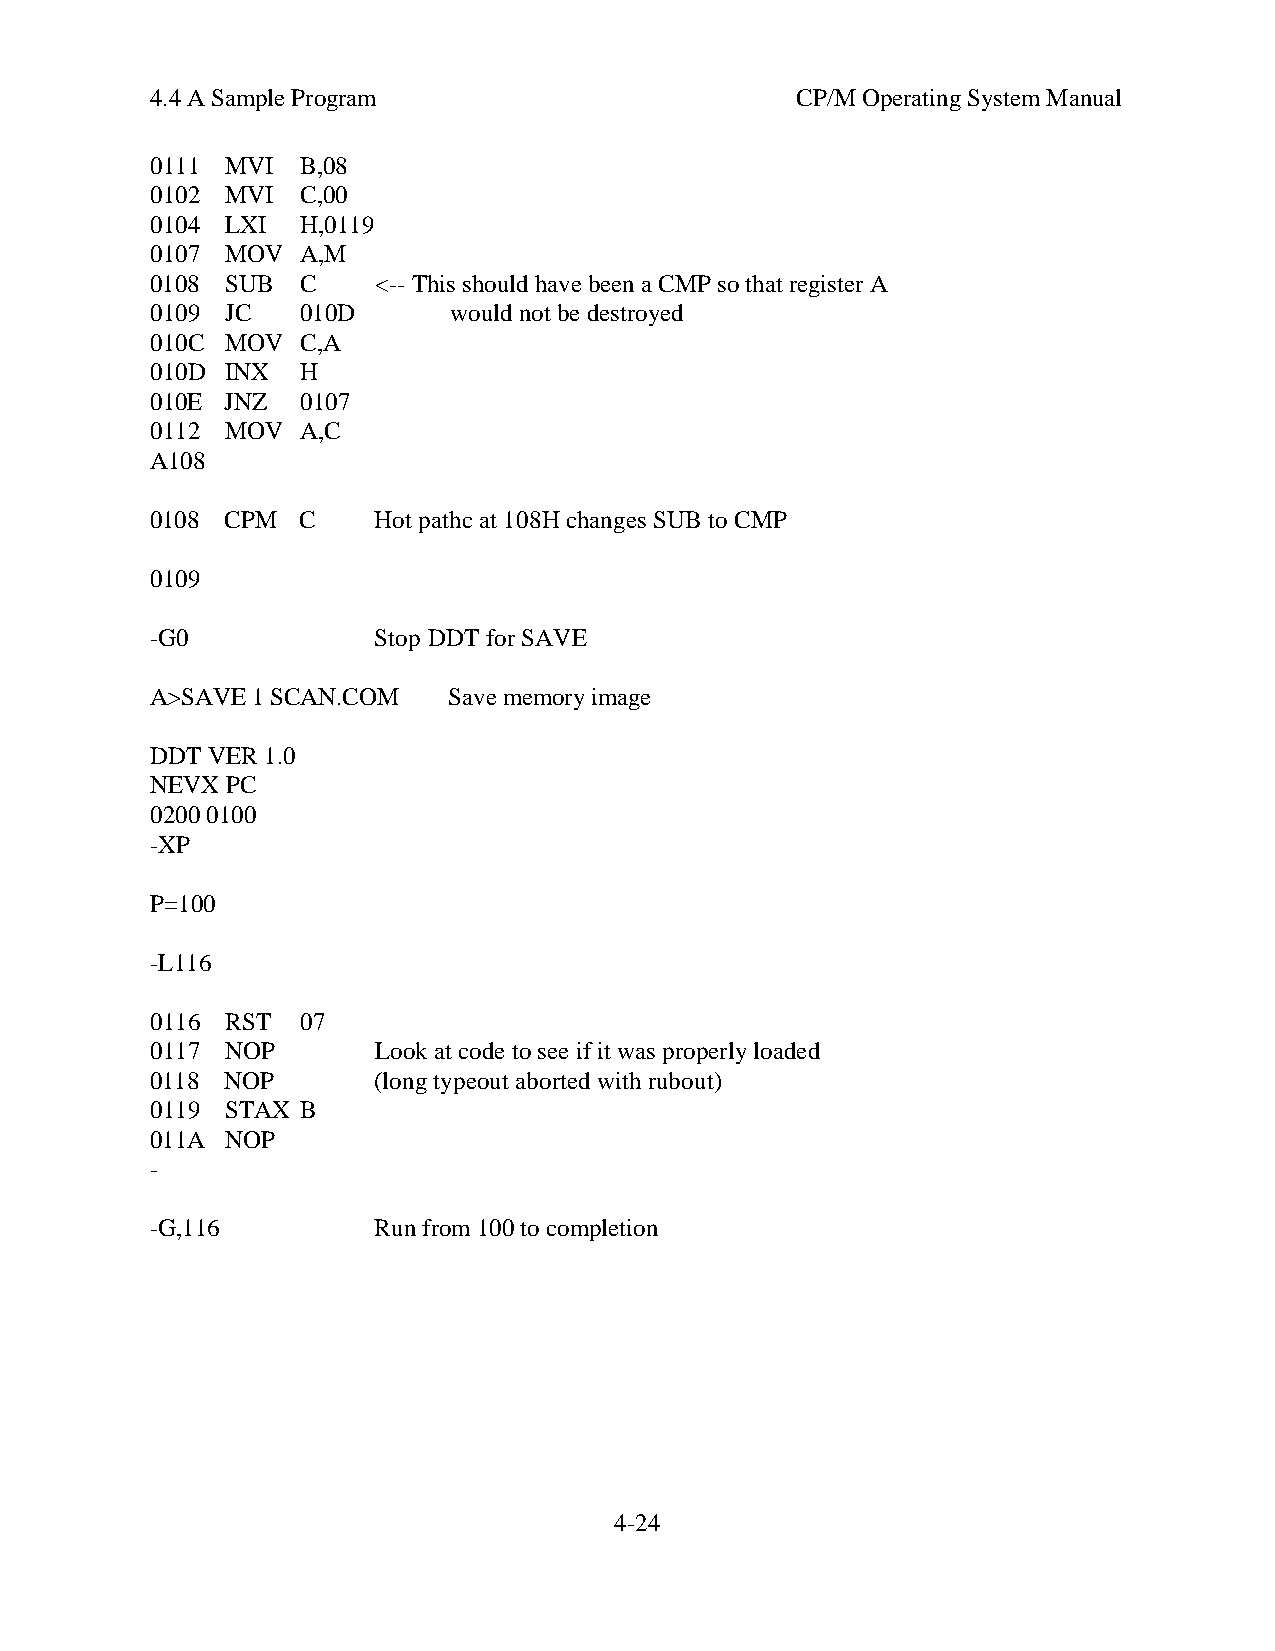
4.4 A Sample Program                       CP/M Operating System Manual
 0111 MVI  B,08
 0102 MVI  C,00
 0104 LXI  H,0119
 0107 MOV  A,M
 0108 SUB  C    <-- This should have been a CMP so that register A
 0109 JC   010D      would not be destroyed
 010C MOV  C,A
 010D INX  H
 010E JNZ  0107
 0112 MOV  A,C
 A108
 0108 CPM  C    Hot pathc at 108H changes SUB to CMP
 0109
 -G0            Stop DDT for SAVE
 A>SAVE 1 SCAN.COM   Save memory image
 DDT VER 1.0
 NEVX PC
 0200 0100
 -XP
 P=100
 -L116
 0116 RST  07
 0117 NOP       Look at code to see if it was properly loaded
 0118 NOP       (long typeout aborted with rubout)
 0119 STAX B
 011A NOP
 -
 -G,116         Run from 100 to completion
 4-24